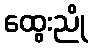
ထွေးညို